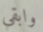
وابقى